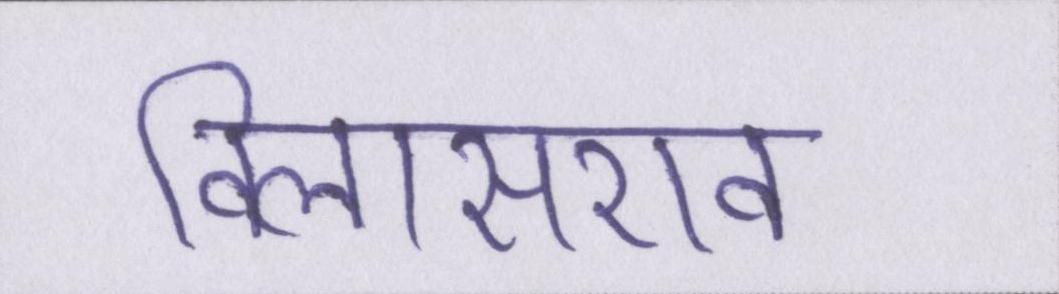
विलासराव